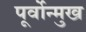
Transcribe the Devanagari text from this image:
पूर्वोन्मुख